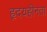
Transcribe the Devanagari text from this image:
हृदयहीनता